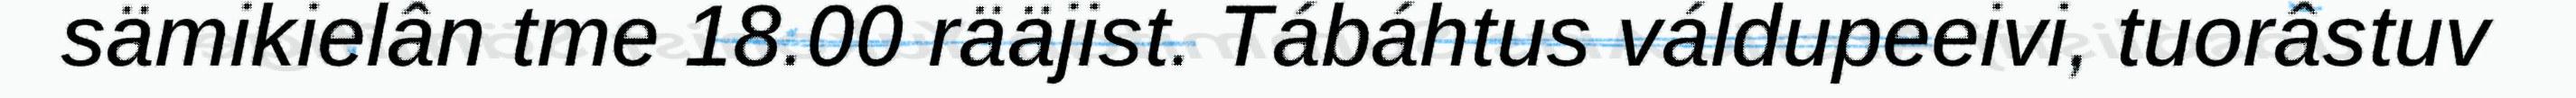
sämikielân tme 18.00 rääjist. Tábáhtus váldupeeivi, tuorâstuv